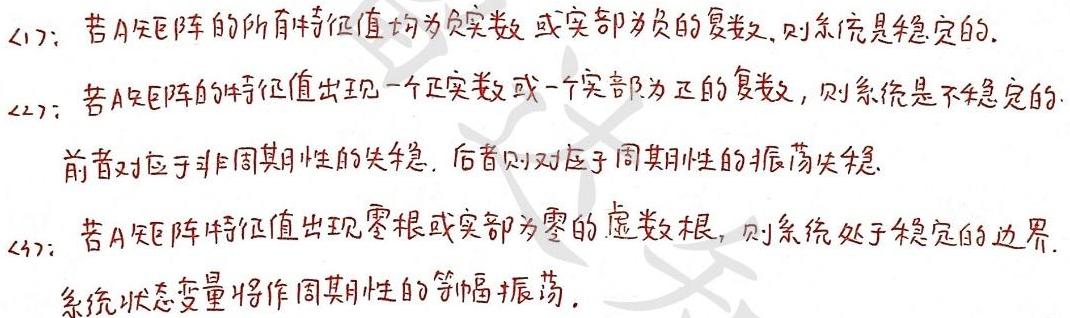
(1)：若A矩阵的所有特征值均为负实数或实部为负的复数,则系统是稳定的.
(2)：若A矩阵的特征值出现一个正实数或一个实部为正的复数,则系统是不稳定的.
前者对应于非周期性的失稳, 后者则对应于周期性的振荡失稳.
(3)：若A矩阵特征值出现零根或实部为零的虚数根, 则系统处于稳定的边界.
系统状态变量将作周期性的等幅振荡.